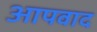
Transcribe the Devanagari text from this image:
आपवाद